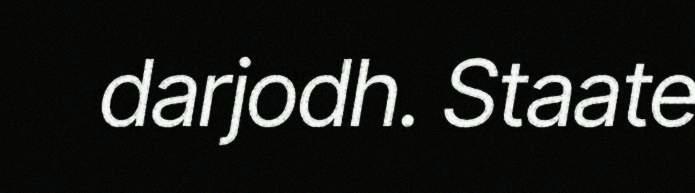
darjodh. Staate